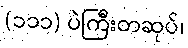
(၁၁၁) ပဲကြီးတဆုပ်၊